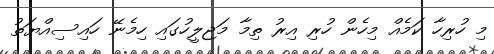
މި ހުރިހާ ކަމެއް މިހެން ހުރި އިރު ތިމާ މަޖިލީހުގައި ހިމެނޭ ހައިސިއްޔަތު